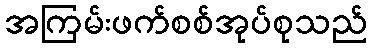
အကြမ်းဖက်စစ်အုပ်စုသည်